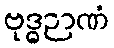
ဗုဒ္ဓဉာဏံ